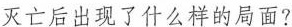
灭亡后出现了什么样的局面?